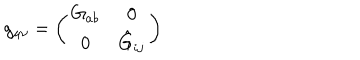
g _ { \mu \nu } = \left( \begin{array} { c c } { { G _ { a b } } } & { { 0 } } \\ { { 0 } } & { { \hat { G } _ { i j } } } \\ \end{array} \right)